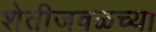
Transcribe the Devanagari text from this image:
शेतीजवळच्या